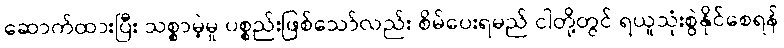
ဆောက်ထားပြီး သစ္စာမဲ့မှု ပစ္စည်းဖြစ်သော်လည်း စိမ်ပေးရမည် ငါတို့တွင် ရယူသုံးစွဲနိုင်စေရန်